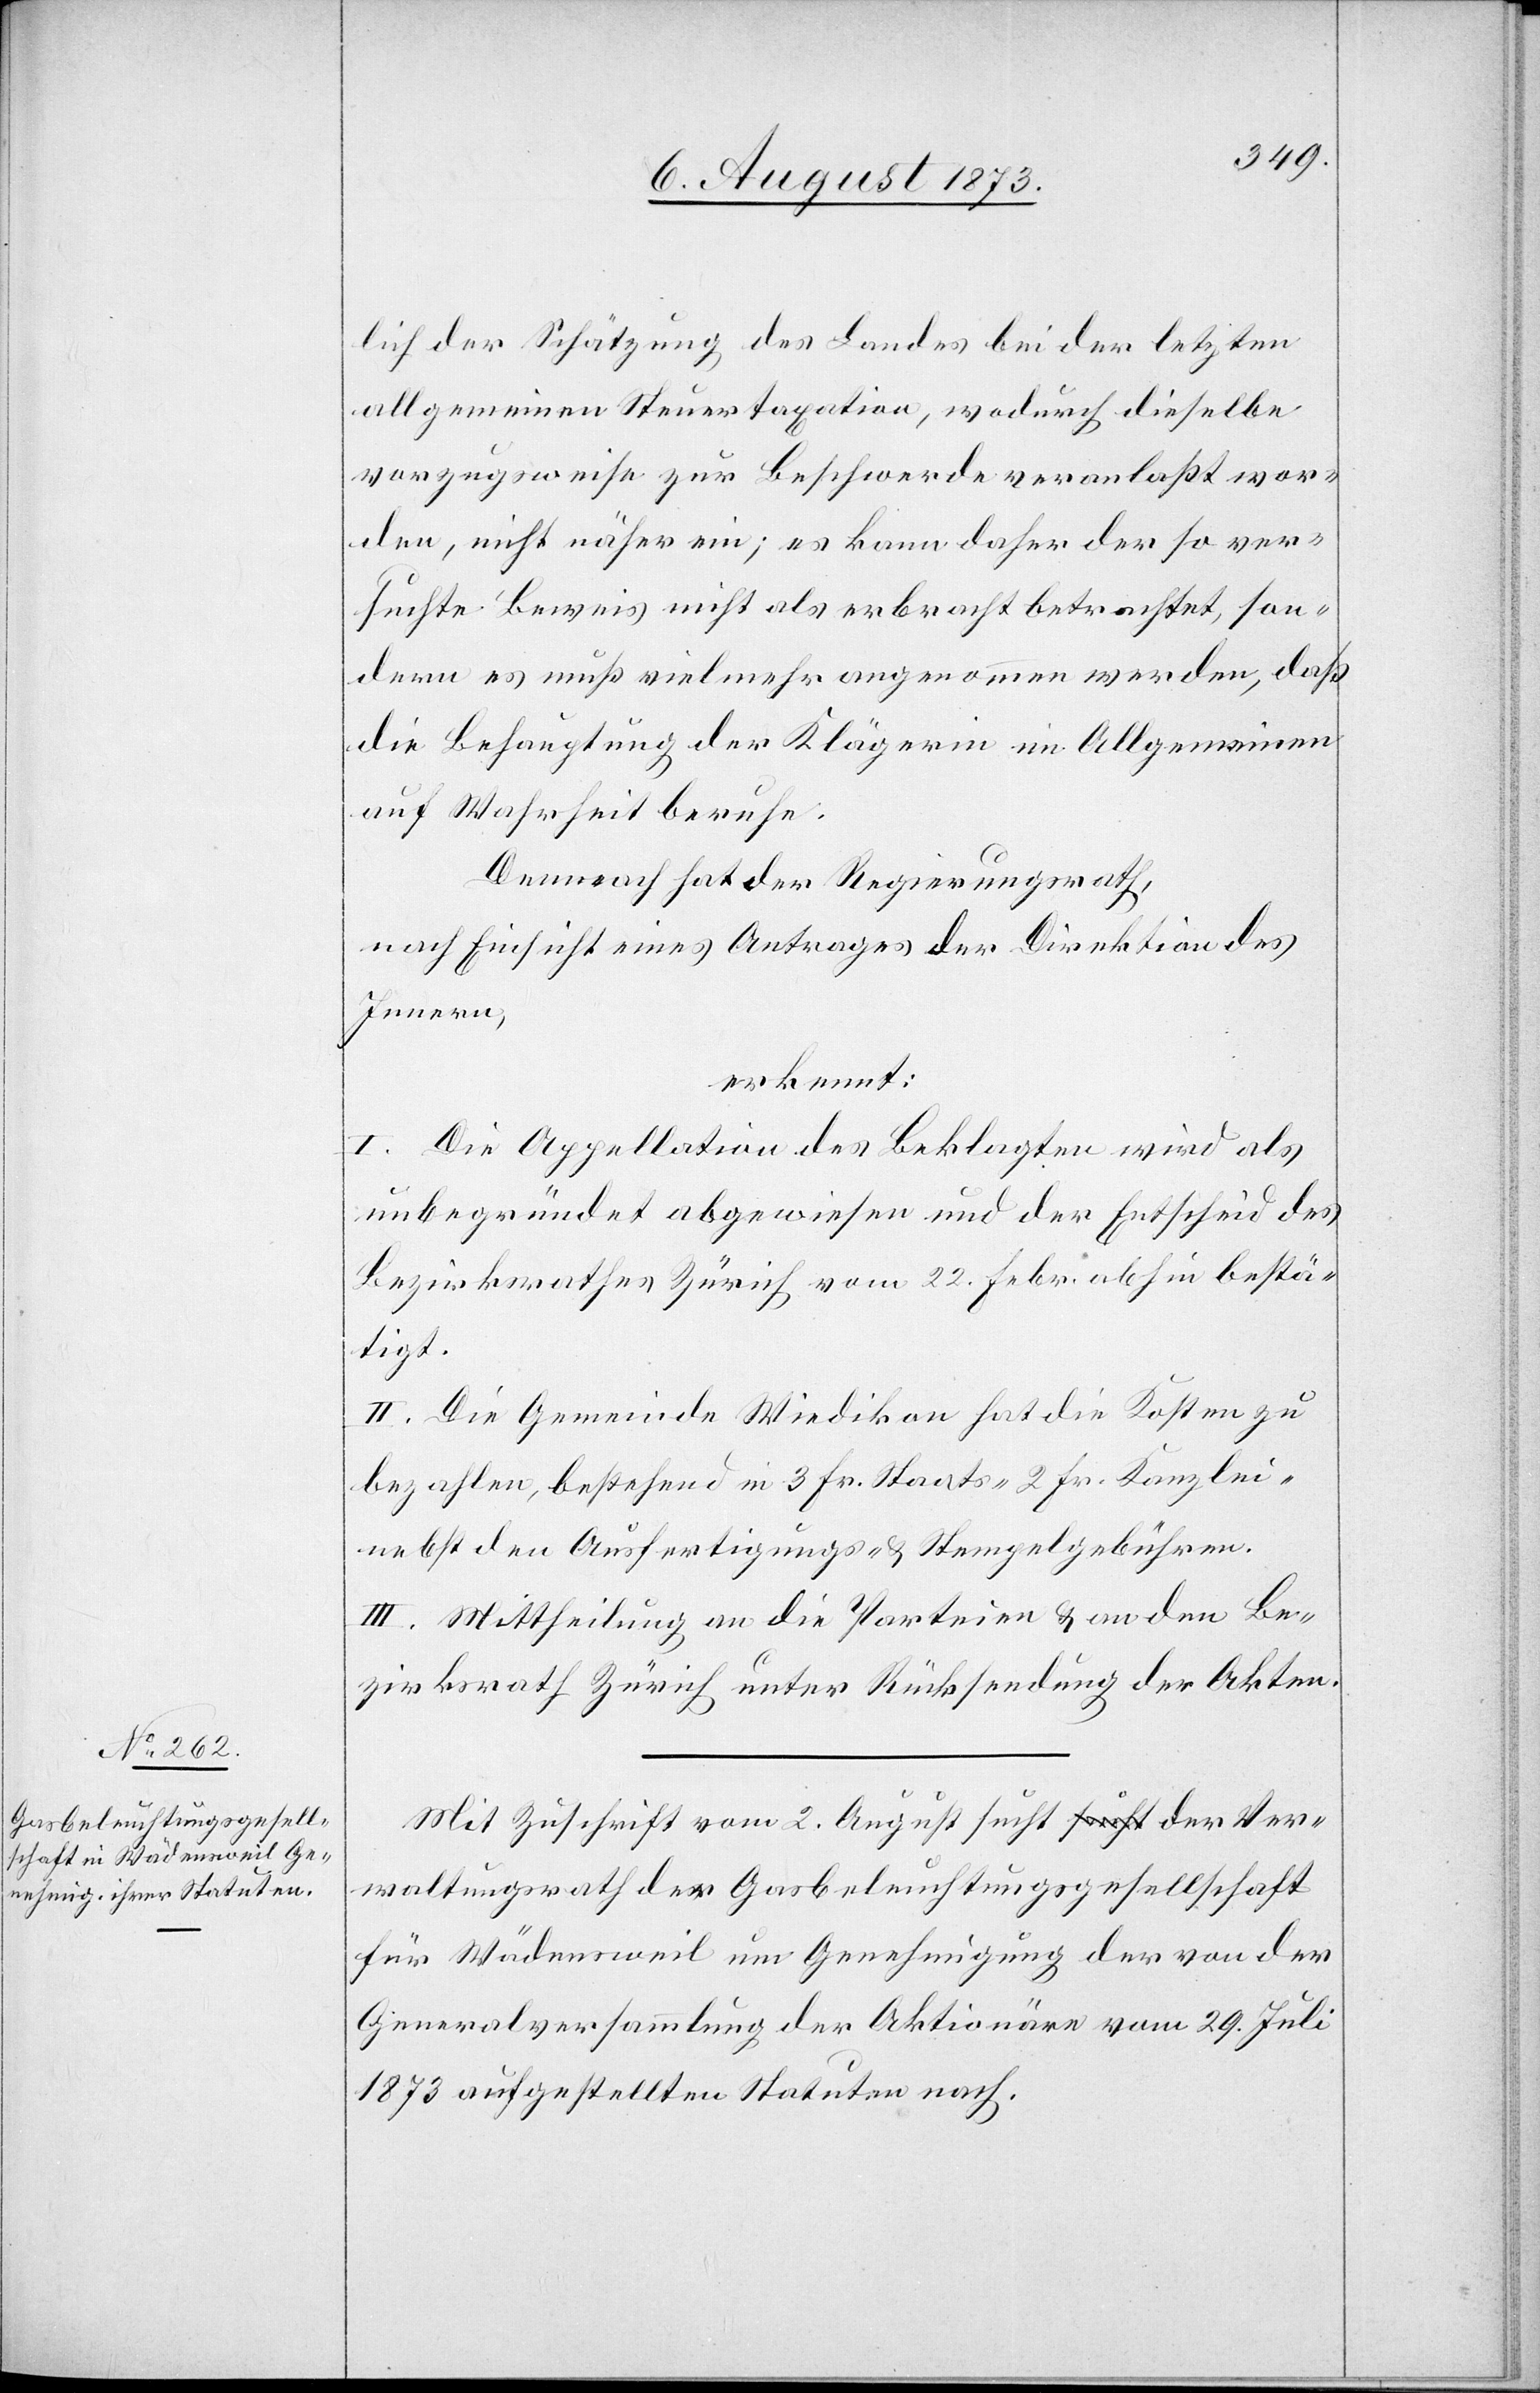
lich der Schätzung des Landes bei der letzten
allgemeinen Steuertaxation, wodurch dieselbe
vorzugsweise zur Beschwerde veranlaßt wor¬
den, nicht näher ein; es kann daher der so ver¬
suchte Beweis nicht als erbracht betrachtet, son¬
dern es muß vielmehr angenommen werden, daß
die Behauptung der Klägerin im Allgemeinen
auf Wahrheit beruhe.
Demnach hat der Regierungsrath,
nach Einsicht eines Antrages der Direktion des
Innern,
erkennt:
I. Die Appellation des Beklagten wird als
unbegründet abgewiesen und der Entscheid des
Bezirksrathes Zürich vom 22. Febr. abhin bestä¬
tigt.
II. Die Gemeinde Wiedikon hat die Kosten zu
bezahlen, bestehend in 3 Fr. Staats- 2 Fr. Kanzlei-
nebst den Ausfertigungs- & Stempelgebühren.
III. Mittheilung an die Parteien & an den Be¬
zirksrath Zürich unter Rückstellung der Akten.
Mit Zuschrift vom 2. August sucht der Ver¬
waltungsrath der Gasbeleuchtungsgesellschaft
für Wädensweil um Genehmigung der von der
Generalversammlung der Aktionäre vom 29. Juli
1873 aufgestellten Statuten nach.